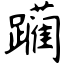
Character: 躏